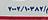
٢٠٠٢/١٠٣٨٢/